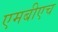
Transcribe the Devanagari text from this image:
एमबीएच